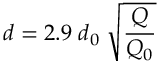
d = 2 . 9 \; d _ { 0 } \; \sqrt { \frac { Q } { Q _ { 0 } } }